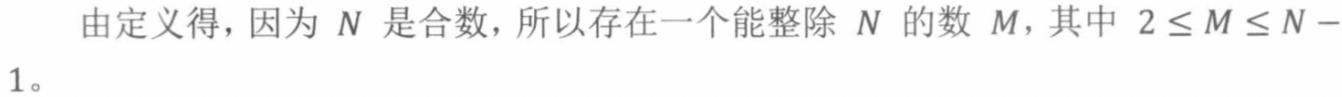
由定义得，因为 $N$ 是合数，所以存在一个能整除 $N$ 的数 $M$，其中 $2 \leq M \leq N - 1$。